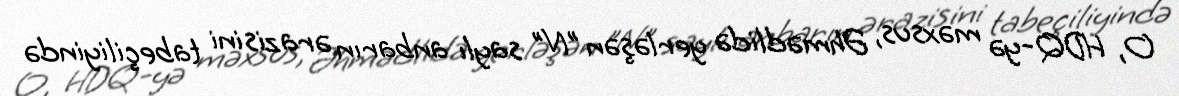
O, HDQ-yə məxsus, Əhmədlidə yerləşən ”N" saylı anbarın ərazisini tabeçiliyində